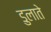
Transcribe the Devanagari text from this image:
डुलाते